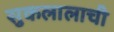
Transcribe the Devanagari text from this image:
सुकलालाची